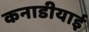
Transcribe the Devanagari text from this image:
कनाडीयाई